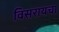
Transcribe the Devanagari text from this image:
विसरायचा